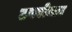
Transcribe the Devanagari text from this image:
उपरोक्ता